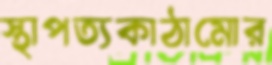
স্থাপত্যকাঠামোর